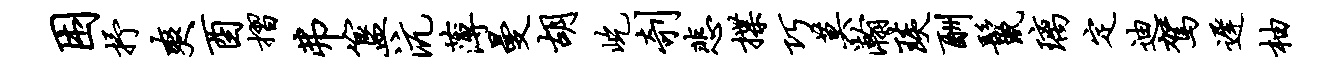
困抒爽酉摺弗簋沆薄曼胡屹剞悲揲巧莫瀚琰酬鬣璃定迪驾迟柚